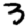
Digit: 3